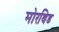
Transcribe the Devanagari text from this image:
मोरबिड